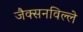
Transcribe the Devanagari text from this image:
जैक्सनविल्ले